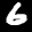
Label: 6